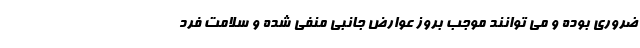
ضروری بوده و می توانند موجب بروز عوارض جانبی منفی شده و سلامت فرد